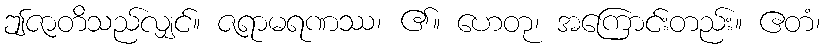
ဤဇာတိသည်လျှင်။ ဇရာမရဏဿ၊ ၏။ ဟေတု၊ အကြောင်းတည်း။ ဧတံ၊